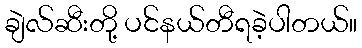
ချဲလ်ဆီးတို့ ပင်နယ်တီရခဲ့ပါတယ်။